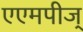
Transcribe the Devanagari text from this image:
एएमपीज्